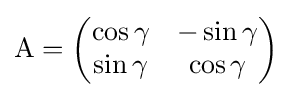
\mathrm {A} ={\begin{pmatrix}\cos \gamma &-\sin \gamma \\\sin \gamma &\cos \gamma \end{pmatrix}}